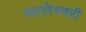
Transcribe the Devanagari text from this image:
घालेश्वरी